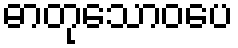
ဓာတုသောဝပေ